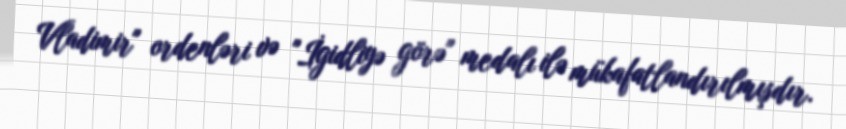
Vladimir" ordenləri və "İgidliyə görə" medalı ilə mükafatlandırılmışdır.